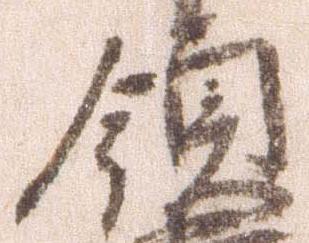
領